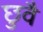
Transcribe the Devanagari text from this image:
छुवै